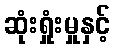
ဆုံးရှုံးမှုနှင့်